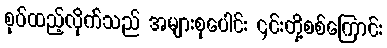
စုပ်ထည့်လိုက်သည် အများစုပေါင်း ၎င်းတို့စစ်ကြောင်း